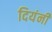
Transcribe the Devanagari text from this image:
दियंनी